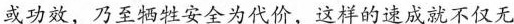
或功效，乃至牺牲安全为代价，这样的速成就不仅无